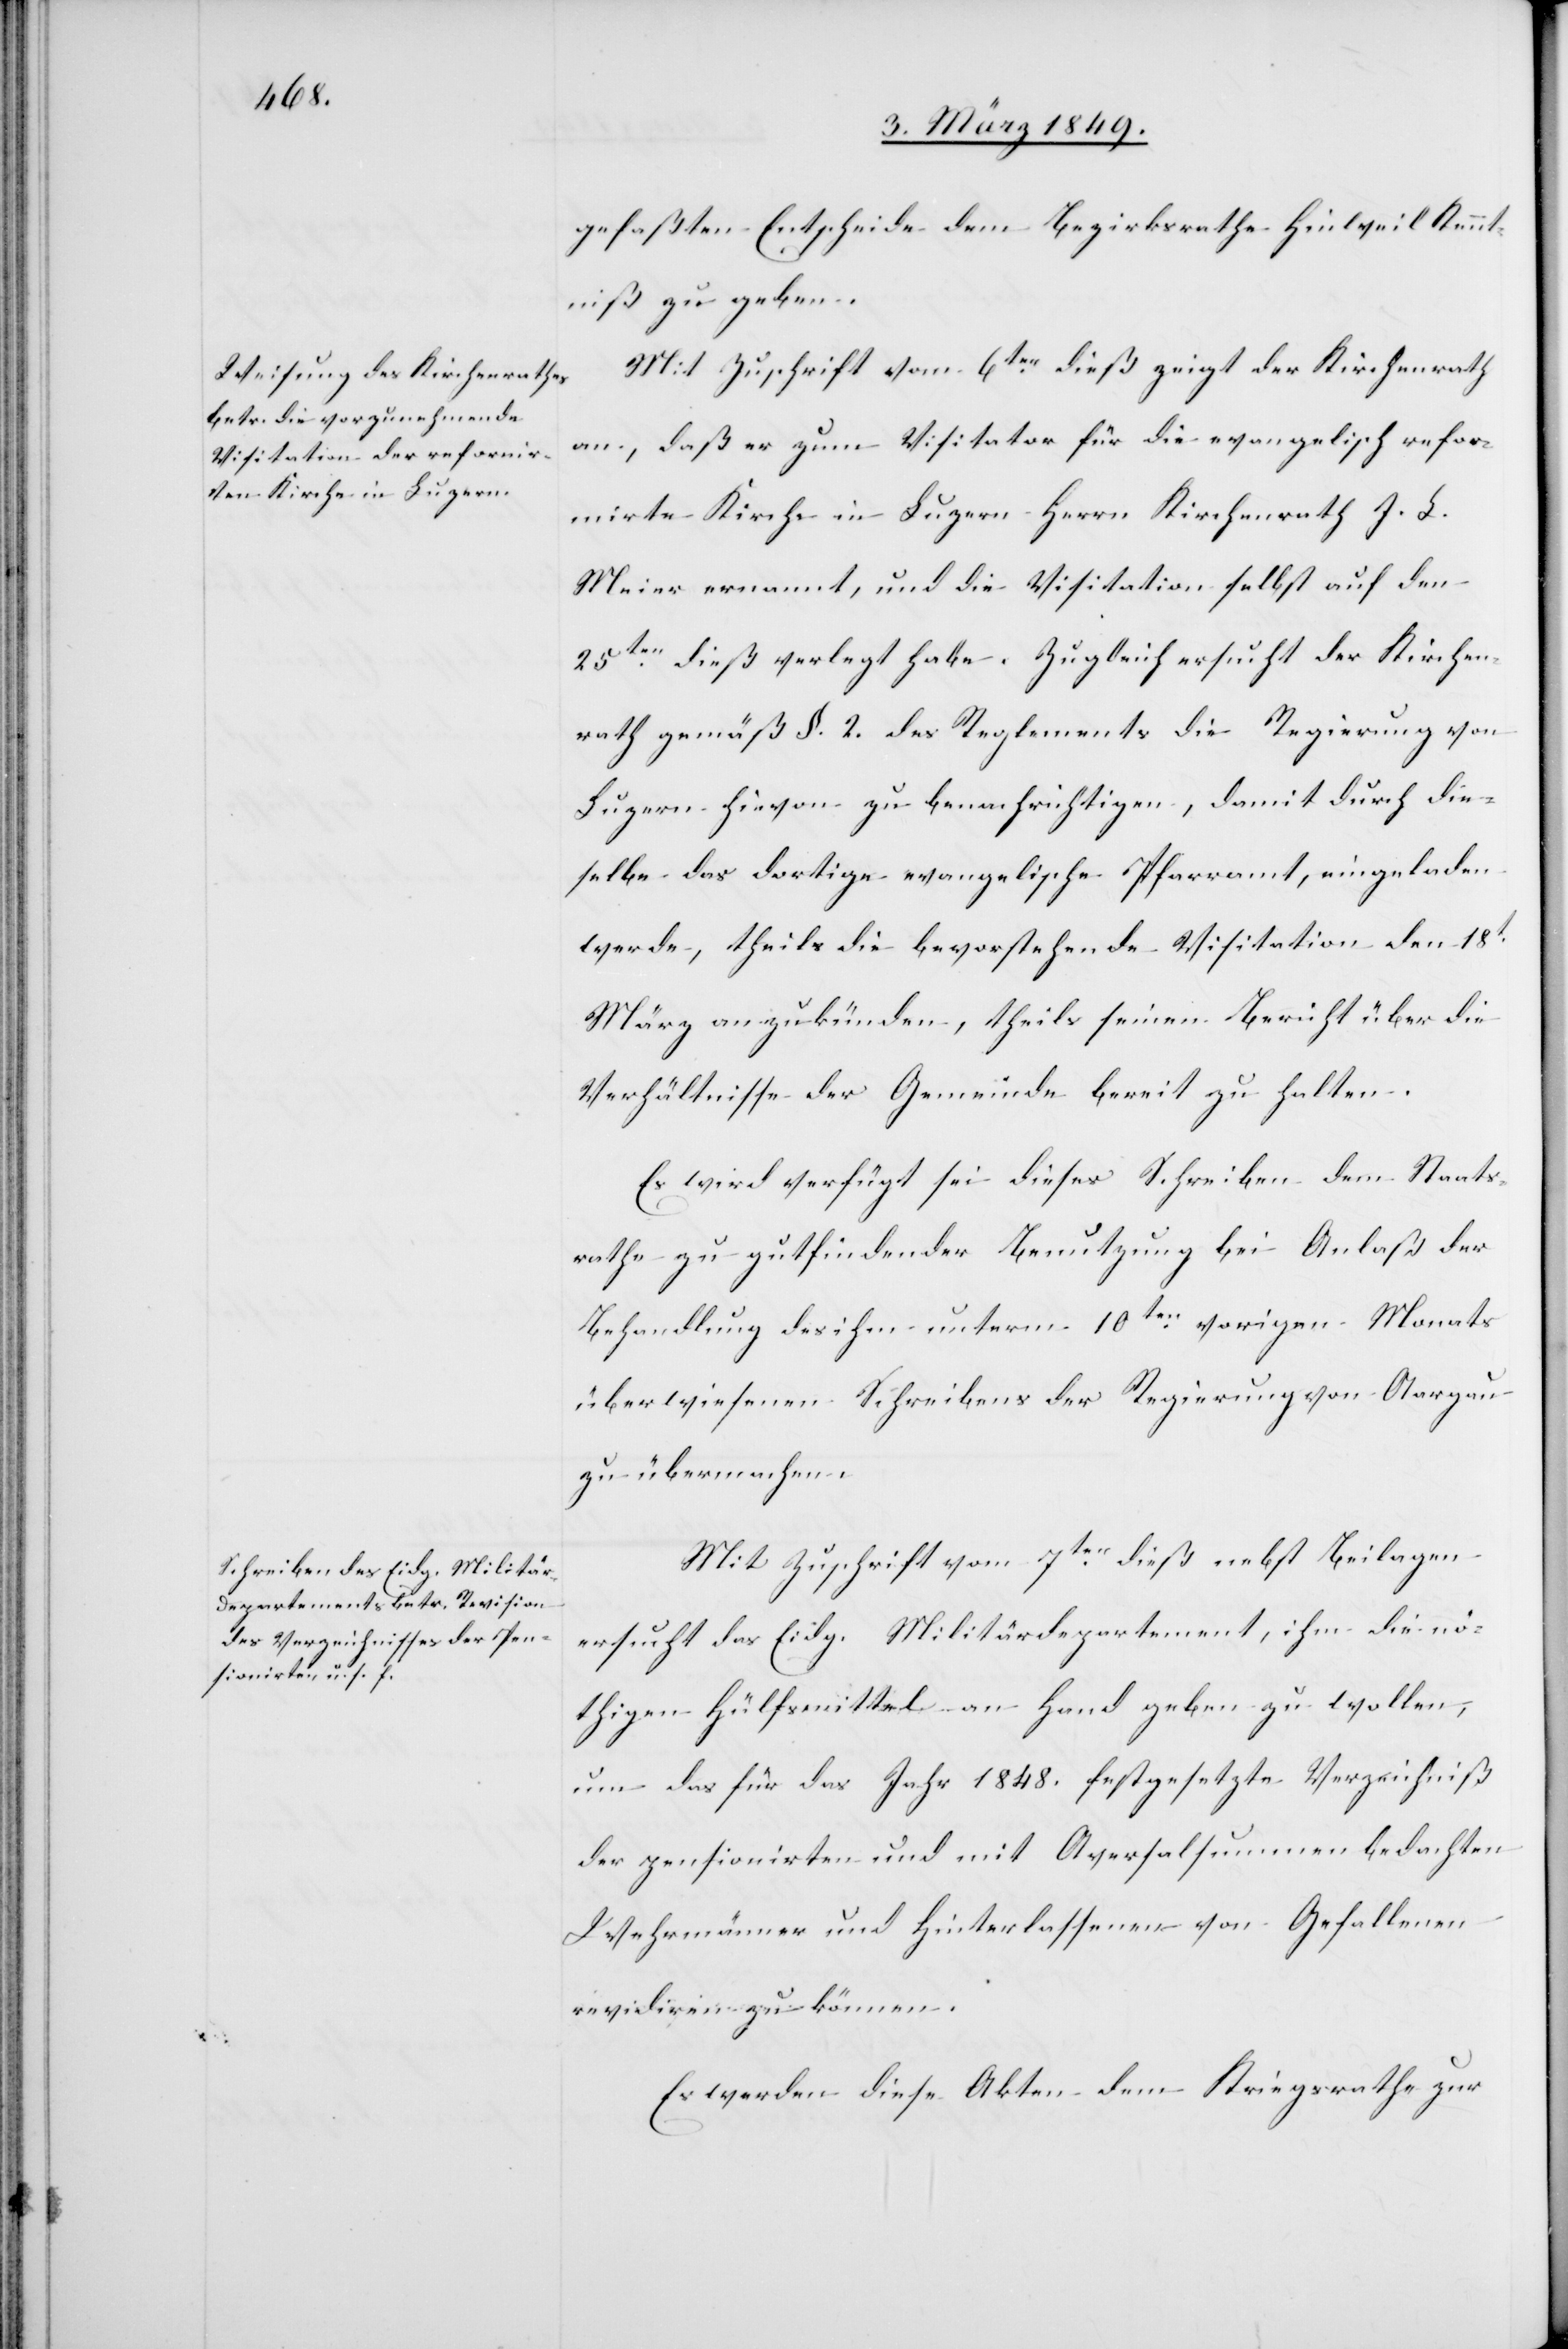
9. März 1849.]
gefaßten Entscheide dem Bezirksrathe Hinweil Kennt¬
niß zu geben.
Mit Zuschrift vom 6ten. dieß zeigt der Kirchenrath
an, daß er zum Visitator für die evangelisch refor¬
mirte Kirche in Luzern Herrn Kirchenrath J. L.
Meier ernannt, und die Visitation selbst auf den
25ten. dieß verlegt habe. Zugleich ersucht der Kirchen¬
rath gemäß §. 2. des Reglements die Regierung von
Luzern hievon zu benachrichtigen, damit durch die¬
selbe das dortige evangelische Pfarramt, eigeladen
werde, theils die bevorstehende Visitation den 18t.
März anzukünden, theils seinen Bericht über die
Verhältnisse der Gemeinde bereit zu halten.
Es wird verfügt sei dieses Schreiben dem Staats¬
rathe zu gutfindender Benutzung bei Anlaß der
Behandlung des ihm unterm 10ten. vorigen Monats
überwiesenen Schreibens der Regierung von Aargau
zu übermachen.
Mit Zuschrift vom 7ten. dieß nebst Beilagen
ersucht das Eidg. Militärdepartement, ihm die nö¬
thigen Hülfsmittel an Hand geben zu wollen,
um das für das Jahr 1848. festgesetzte Verzeichniß
der pensionirten und mit Aversalsummen bedachten
Wehrmänner und Hinterlassenen von Gefallenen
revidiren zu können.
Es werden diese Akten dem Kriegsrathe zur